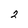
Character: 2